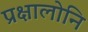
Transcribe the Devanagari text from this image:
प्रक्षालोनि